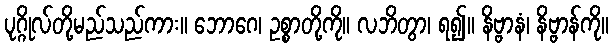
ပုဂ္ဂိုလ်တို့မည်သည်ကား။ ဘောဂေ၊ ဥစ္စာတို့ကို။ လဘိတွာ၊ ရ၍။ နိဗ္ဗာနံ၊ နိဗ္ဗာန်ကို။